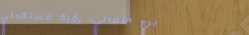
برج الأماني: رؤية مستقبلي